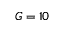
G = 1 0